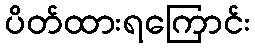
ပိတ်ထားရကြောင်း